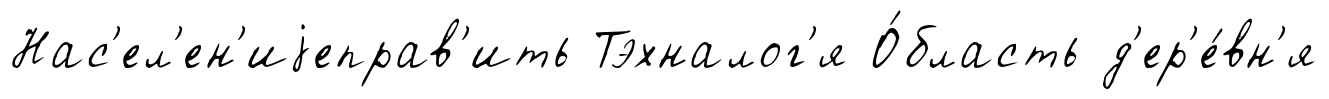
Нас'ел'ен'иjеправ'ить Тэхналог'я О́бласть д'ер'е́вн'я